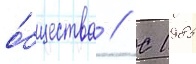
о́бщества // С 1985